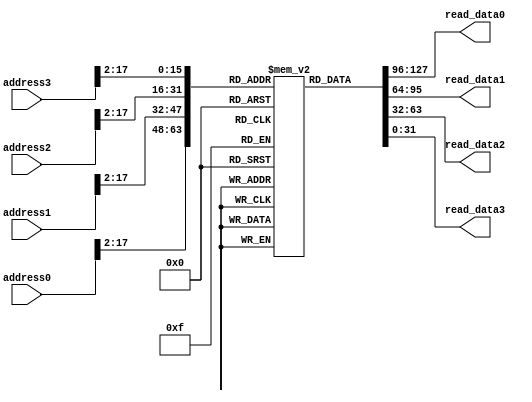

`timescale 1ns/10ps

//========================================================== 
//					Instruction Memory
//========================================================== 
module inst_mem(
	input [31:0] address0,
    input [31:0] address1,
    input [31:0] address2,
	input [31:0] address3,
	output [31:0] read_data0,
	output [31:0] read_data1,
	output [31:0] read_data2,
	output [31:0] read_data3
);
	
	reg [31:0] mem_data [0:(1<<16)-1];				// Main memory's capacity is 64KB
			
	assign	read_data0 = mem_data[address0[17:2]];  	// asynch. aligned read mem
	assign	read_data1 = mem_data[address1[17:2]];  	// asynch. aligned read mem	
	assign	read_data2 = mem_data[address2[17:2]];  	// asynch. aligned read mem
	assign	read_data3 = mem_data[address3[17:2]];  	// asynch. aligned read mem
	
endmodule

//========================================================== 
//					Data Memory
//========================================================== 
module async_mem(
   input clk,
   input write,
   input [31:0] read_addr,
   input [31:0] write_addr,
   input [31:0] write_data,
   output [31:0] read_data
);

	reg [31:0] mem_data [0:(1<<16)-1];

   assign read_data = ((read_addr == write_addr) && write) ? write_data : mem_data[ read_addr[17:2] ];  // zero delay, address to read data
					
   always @( posedge clk )
      if ( write )
         mem_data[ write_addr[17:2] ] <= write_data;

endmodule

//========================================================== 
//						Register File
//========================================================== 

module reg_file(
	input  clk,
	input  write0,
	input  write1,
	input  write2,	
	input  [ 4:0] WR0,
	input  [ 4:0] WR1,
	input  [ 4:0] WR2,
	input  [31:0] WD0,	
	input  [31:0] WD1,	
	input  [31:0] WD2,	
	input  [ 4:0] RR01,
	input  [ 4:0] RR02,	
	input  [ 4:0] RR11,
	input  [ 4:0] RR12,	
	input  [ 4:0] RR21,
	input  [ 4:0] RR22,	
	input  [ 4:0] RR31,
	input  [ 4:0] RR32,	
	output reg [31:0] RD01,
	output reg [31:0] RD02,	
	output reg [31:0] RD11,
	output reg [31:0] RD12,	
	output reg [31:0] RD21,
	output reg [31:0] RD22,	
	output reg [31:0] RD31,
	output reg [31:0] RD32
	);

	reg [31:0] reg_data [0:31];

	always @(*) begin			
		// Data Forwarding inside the Register File 
		if (write0 && RR01 && (RR01 == WR0)) 
			RD01=WD0;
		else if (write1 && RR01 && (RR01 == WR1)) 
			RD01=WD1;
		else if (write2 && RR01 && (RR01 == WR2)) 
			RD01=WD2;
		else
			RD01 = reg_data[RR01];
							
		if (write0 && RR02 && (RR02 == WR0)) 
			RD02=WD0;
		else if (write1 && RR02 && (RR02 == WR1)) 
			RD02=WD1;
		else if (write2 && RR02 && (RR02 == WR2)) 
			RD02=WD2;	
		else
			RD02 = reg_data[RR02];	
		
		if (write0 && RR11 && (RR11 == WR0)) 
			RD11=WD0;
		else if (write1 && RR11 && (RR11 == WR1)) 
			RD11=WD1;
		else if (write2 && RR11 && (RR11 == WR2)) 
			RD11=WD2;
		else
			RD11 = reg_data[RR11];
		
		if (write0 && RR12 && (RR12 == WR0)) 
			RD12=WD0;
		else if (write1 && RR12 && (RR12 == WR1)) 
			RD12=WD1;		
		else if (write2 && RR12 && (RR12 == WR2)) 
			RD12=WD2;
		else 	
			RD12 = reg_data[RR12];	

		if (write0 && RR21 && (RR21 == WR0)) 
			RD21=WD0;			
		else if (write1 && RR21 && (RR21 == WR1)) 
			RD21=WD1;
		else if (write2 && RR21 && (RR21 == WR2)) 
			RD21=WD2;
		else 
			RD21 = reg_data[RR21];
			
		if (write0 && RR22 && (RR22 == WR0)) 
			RD22=WD0;	
		else if (write1 && RR22 && (RR22 == WR1)) 
			RD22=WD1;	
		else if (write2 && RR22 && (RR22 == WR2)) 
			RD22=WD2;
		else
			RD22 = reg_data[RR22];
						
		if (write0 && RR31 && (RR31 == WR0)) 
			RD31=WD0;
		else if (write1 && RR31 && (RR31 == WR1)) 
			RD31=WD1;		
		else if (write2 && RR31 && (RR31 == WR2)) 
			RD31=WD2;
		else 	
			RD31 = reg_data[RR31];
			
		if (write0 && RR32 && (RR32 == WR0)) 
			RD32=WD0;	
		else if (write1 && RR32 && (RR32 == WR1)) 
			RD32=WD1;	
		else if (write2 && RR32 && (RR32 == WR2)) 
			RD32=WD2;
		else 
			RD32 = reg_data[RR32];		
	end
	
	always @(posedge clk) begin
		if(write0) 
			reg_data[WR0] <= WD0;
		if(write1) 
			reg_data[WR1] <= WD1;	
		if(write2) 
			reg_data[WR2] <= WD2;		
		reg_data[0] <= 32'h00000000;
	end

endmodule